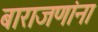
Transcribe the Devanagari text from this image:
बाराजणांना